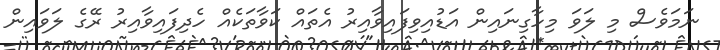
ނަމަވެސް މި ލަވަ މިހާގިނައިން އަޑުއިވިފައިވާއިރު އެތައް ކަވާތަކެއް ހެދިފައިވާއިރު ރޭގެ ލަވައިން